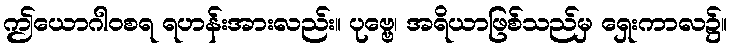
ဤယောဂါဝစရ ရဟန်းအားလည်း။ ပုဗ္ဗေ၊ အရိယာဖြစ်သည်မှ ရှေးကာလ၌။